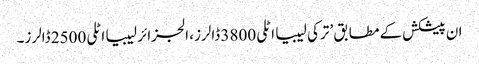
ان پیشکش کے مطابق ’ترکی لیبیا اٹلی 3800 ڈالرز، الجزائر لیبیا اٹلی 2500 ڈالرز۔